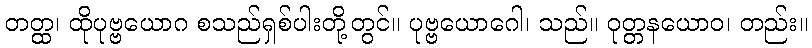
တတ္ထ၊ ထိုပုဗ္ဗယောဂ စသည်ရှစ်ပါးတို့တွင်။ ပုဗ္ဗယောဂေါ၊ သည်။ ဝုတ္တနယောဝ၊ တည်း။